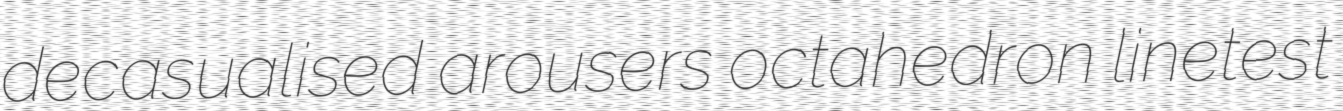
decasualised arousers octahedron linetest